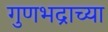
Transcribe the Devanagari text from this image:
गुणभद्राच्या